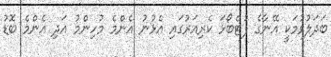
ބަދަލުވުމަކީ އޭނާގެ ފުޓްބޯޅަ ކެރިއަރުގައި އެޅުނު އެންމެ މުހިންމު އަދި އެންމެ ބޮޑު